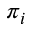
\pi _ { i }